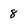
Character: 8